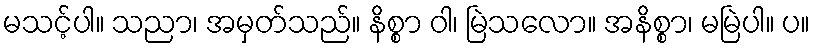
မသင့်ပါ။ သညာ၊ အမှတ်သည်။ နိစ္စာ ဝါ၊ မြဲသလော။ အနိစ္စာ၊ မမြဲပါ။ ပ။